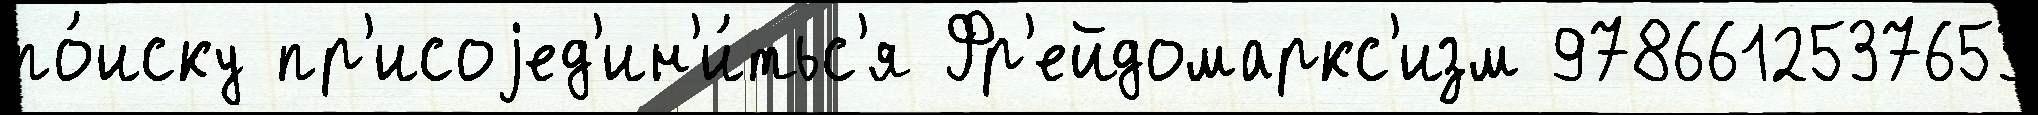
по́иску пр'исоjед'ин'и́тьс'я Фр'ейдомаркс'изм 9786612537653